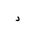
Letter: _dal